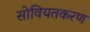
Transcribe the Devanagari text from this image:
सोवियतकरण